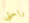
راحتي